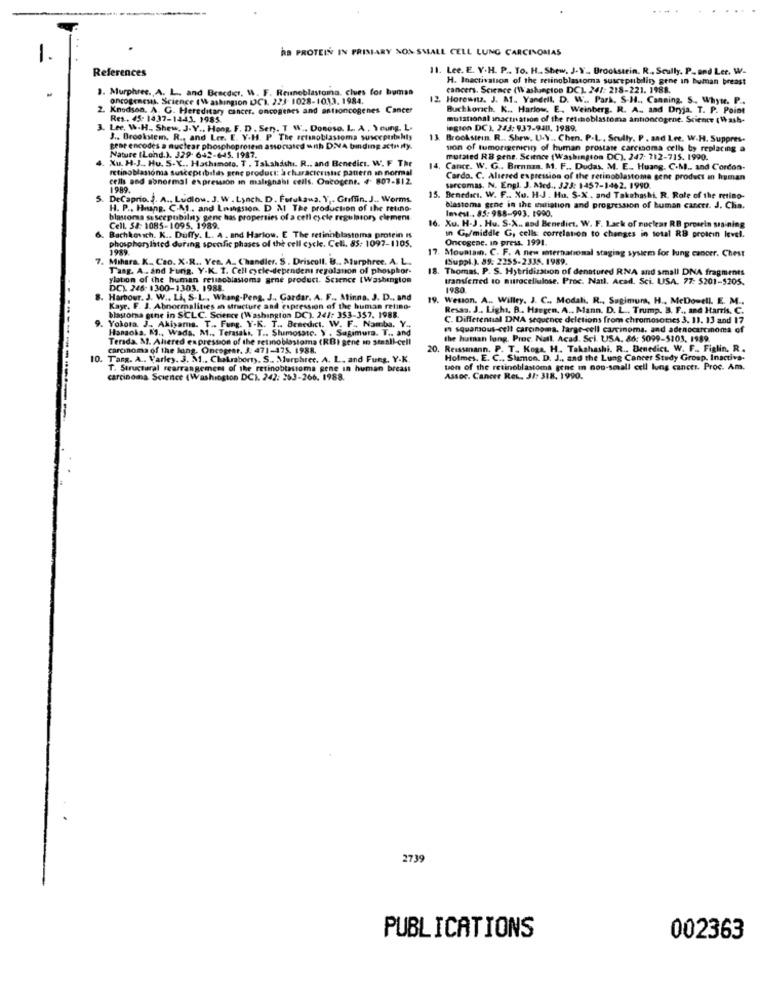
RB PROTEIN IN PRISTARY NON SMALL CELL LUNG CARCINOMAS
1.
References
11. Lee. E. Y.H. P .. To. H .. Shew. J.V_ Brookstrin. R ., Scully. P. and Ler. W.
H. Inactivation of the retinoblastoma susceptibilir gene in buman breast
3. Murphree. A. L ., and Beacder, W. F. Reuneblastoma. clues for bumss
cancers. Science (Washington DC) 247: 218-221. 1188.
oncogenesis. Science (Washington DC1. 223-1028-1033. 1984.
Horowitz. J. M ., Yandell, D. W .. Park, S.H ., Canning. S ., Whyte. P ..
2. Knudsen. A. G. Hereditary cancer. oncogenes and antsoncogenes Cancer
Buchkorch. K .. Harlow. E. Weinberg. R. A ., and Dryja. T. P. Point
Res. 45: 1437-1441. 1985.
mutstonal inacination of the retinoblastoma antioncogene. Science (Whash-
3. Lee, W.H ., Shew. J.Y ., Hong, F. D . Ser ,. T W .. Donoso. L. A . Young, L.
legion DC ). 243: 937-948, 1989.
J .. Brookstem. R ., and Ler. E. Y.H. P. The actanoblastoma susceptibility
13. Brookstrin. R .. Shrw. U.Y .. Chen. P.L. Scully. P . and Lee. W.H. Suppres-
gene encodes a nuclear phosphoprotein associated with DNA binding actr ity.
son of tumorigencin of human prostate carcinoma cells by replacing a
Xu. H-J .. Hu. S.Y ., Hashimoto. T . Takahashi. R ., and Benedict. W. F The
Nature (Lond.). 329. 642-645. 1987.
mutated RB gene. Science (Washington DC). 247: 712-715. 1990.
retinoblastoma susceptibila gene product: a characteristic patern in normal
14.
Cance. W. G .. Brennan. M. F ., Dudas, M. E .. Huang. C.M ., and Cordon-
cells and sonormal expression in malignabl cells. Oacogenr. 4- 807-$12.
Cordo. C. Altered expression of the retinoblastoma gene product in human
1989.
sarcomas. N. Engl. J. Med ., 323: 1457-1462. 1990.
5. DeCaprio.J. A ., Ludlow. J. W . Lynch. D. Furukawa. Y ,. Griffin. J .. Worms.
15. Benedict. W. F .. No. H.J . Ha. S-X . and Takahashi. R. Role of the metino-
H. P ., Hnang, C.A ., and Lningsion. D M The production of the retino-
blastoma gene in the eutiation and progression of human cancer. J. Chia.
Invest .. 85: 988-993. 1990.
blasorss ssscepubilny gene has properties of a cell cycle regulatory element
Cell. 54: 1085-1095. 1989.
16. Xu. H.J. Hu. S.X .. sad Benedict. W. F. Lack of nuclear RB prowein sraining
Bachkowsch. K .. Duffy. L. A . and Harlow. E The retinoblastoma protein is
phosphorylated during specfic phases of the cell cycle. Cell. 85: 1097-1105.
Oncogene. In press. 1991.
In Gy/middle G, cells: correlation to changes in total RB protein level.
1989.
17. Mountain. C. F. A new maternational staging system for lung cancer. Chest
7. Mihara. K. Cao. X.R ., Yee. A. Chandler. S. Driscoll. B ., Murphree. A. L ..
(Suppl.). 89: 2255-2335. 1989.
Tasg. A .. and Furig. Y.K. 1. Cell cycle-dependent regolanon of phosphor-
18. Thomas. P. S. Hybridization of denatured RNA and small DNA fragments
ylation of the human retinoblastoma grne product. Science (Washington
transferred to nitrocellulose. Proc. Natl. Acad. Sci. USA. 77: 5201-5205.
DC). 246- 1300-1303. 1988.
1980
8. Harbour. J. W ., Li, S.L ., Whang-Peng, J ., Gardar. A. F ., Minna. J. D ., and
19. Wesson. A .. Willey. J. C ., Modali. R ., Sagimuma, H ., MeDo-ell. E. M ..
Kayr. F. J. Abnormalities in structure and expression of the human retino-
Resas. J .. Light, B. Haugen, A .. Mann. D. L .. Trump. B. F ., and Harris, C.
Yokota. J ., Akiyama. T .. Fung. Y-K. T .. Benedict. W. F ., Namba. Y.
blastoma gine in SCLC. Science (Washington DC). 241: 353-357. 1988.
C. Differential DNA sequence deletions from chromosomes 3. 11. 13 and 17
Hansola. K ., Wada. M ., Terasaki, T ., Shimosate. Y . Sugimura. T ., and
m squamous-cell carcinoma. large-cell carcinoma, and adenocarcinoma of
Terada. M. Aliered expression of the retinoblastoma (RBI gene in small-cell
the human long. Proc Natl. Acad. Sci. USA. 86: 5099-5103, 1989.
carcinoma of the long. Oncogear. J. 471-175. 1988.
20. Reissenann. P. T. Koga. H. Takahashi. R .. Benedict. W. F ., Figlin, R.
10.
Targ. A .. Varley. 3. M ., Chamborty, S .. Murphret. A. L. and Fung, Y-K.
Holmes. E. C ., Slamon. D. J ., and the Lung Cancer Study Group. Inactiva-
T. Structural rearrangemens of the retinoblastoma pene in human breast
tion of the retinoblastoma gene m nou-sesall cell lung cancer. Proc. Am.
carcinoma. Science (Washington DC). 242: 253-266. 1988.
Assoc. Cancer Res. 31: 318, 1990.
2739
PUBLICATIONS
002363